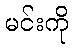
မင်းကို